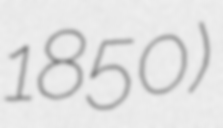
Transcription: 1850)